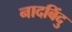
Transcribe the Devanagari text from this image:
नादबिंदु